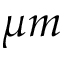
\mu m